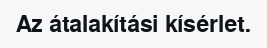
Az átalakítási kísérlet.